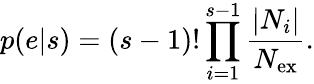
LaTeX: p(e|s)=(s-1)!\prod_{i=1}^{s-1}\frac{|N_{i}|}{N_{\mathrm{ex}}}.